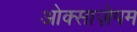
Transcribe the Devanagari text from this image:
ओक्साज़ेपम